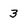
Character: 3